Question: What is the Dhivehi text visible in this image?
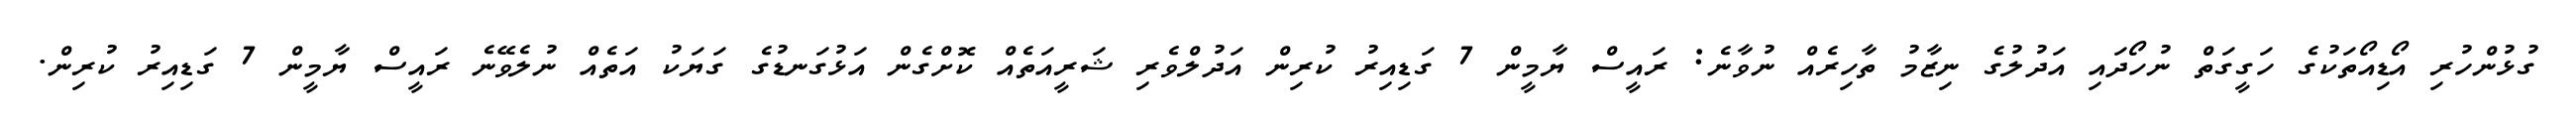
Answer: ގުޅުންހުރި އޯޑިއޯތަކުގެ ހަގީގަތް ނުހޯދައި އަދުލުގެ ނިޒާމު ތާހިރެއް ނުވާނެ: ރައީސް ޔާމީން 7 ގަޑިއިރު ކުރިން އަދުލްވެރި ޝަރީއަތެއް ކޮށްގެން އަޅުގަނޑުގެ ގަޔަކު އަތެއް ނުލެވޭނެ ރައީސް ޔާމީން 7 ގަޑިއިރު ކުރިން.